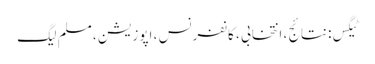
ٹیگس: نتائج ، انتخابی ، کانفرنس ، اپوزیشن ، مسلم لیگ